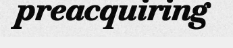
preacquiring